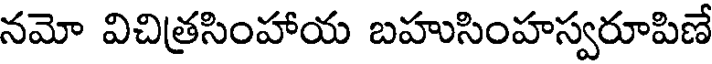
నమో విచిత్రసింహాయ బహుసింహస్వరూపిణే